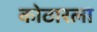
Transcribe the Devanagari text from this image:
कोठारला